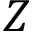
Z